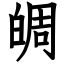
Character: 皗